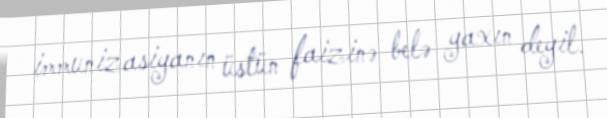
immunizasiyanın üstün faizinə belə yaxın deyil.